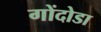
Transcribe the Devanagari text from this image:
गोंदोडा